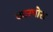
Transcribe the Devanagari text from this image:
कारपोरा